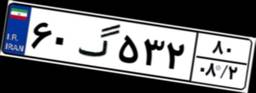
۶۰گ۵۳۲۸۰